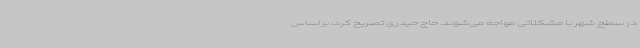
در سطح شهر با مشکلاتی مواجه می‌شوند. حاج حیدری تصریح کرد: براساس